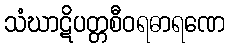
သံဃာဋိပတ္တစီဝရဓာရဏေ